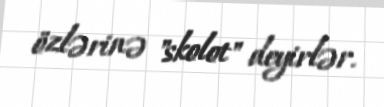
özlərinə "skolot" deyirlər.